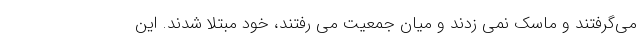
می‌گرفتند و ماسک نمی زدند و میان جمعیت می رفتند، خود مبتلا شدند. این